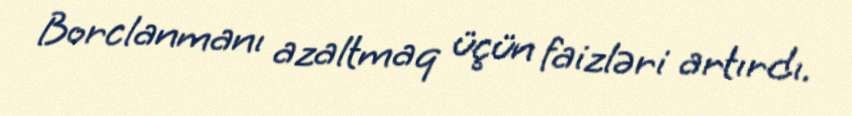
Borclanmanı azaltmaq üçün faizləri artırdı.